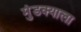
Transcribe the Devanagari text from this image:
मुंडक्याला